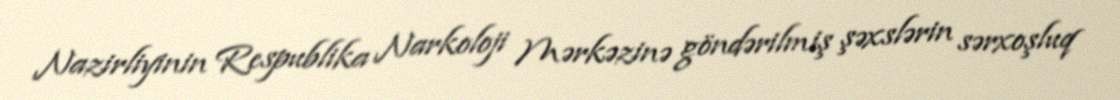
Nazirliyinin Respublika Narkoloji Mərkəzinə göndərilmiş şəxslərin sərxoşluq